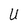
Character: U